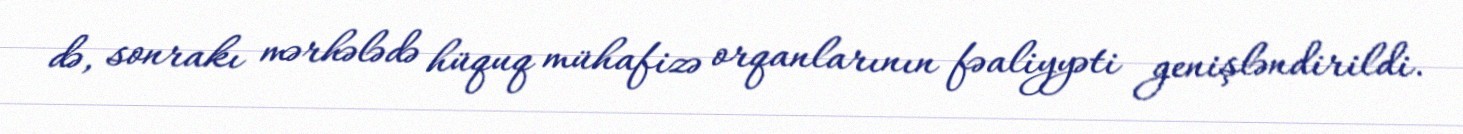
də, sonrakı mərhələdə hüquq mühafizə orqanlarının fəaliyyəti genişləndirildi.